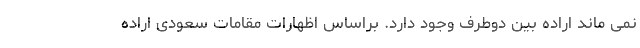
نمی ماند اراده بین دوطرف وجود دارد. براساس اظهارات مقامات سعودی اراده